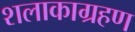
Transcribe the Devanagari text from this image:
शलाकाग्रहण